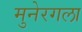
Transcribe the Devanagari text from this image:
मुनेरगला